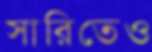
সারিতেও